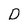
Character: D